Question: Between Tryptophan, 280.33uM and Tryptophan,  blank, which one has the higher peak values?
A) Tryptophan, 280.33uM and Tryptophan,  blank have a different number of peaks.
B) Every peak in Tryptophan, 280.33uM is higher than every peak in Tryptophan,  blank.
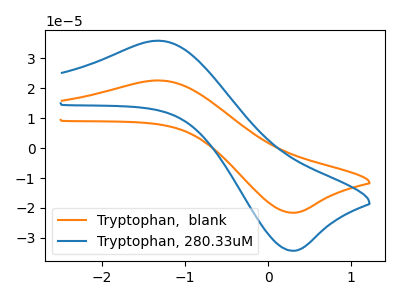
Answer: <think>The orange curve "Tryptophan,  blank" has an anodic peak at (-1.35V, 22.60uA) and a cathodic peak at (0.35V, -21.60uA). The blue curve "Tryptophan, 280.33uM" has an anodic peak at (-1.35V, 35.85uA) and a cathodic peak at (0.35V, -34.25uA).</think>
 <answer>B) Every peak in "Tryptophan, 280.33uM" is higher than every peak in "Tryptophan,  blank".</answer>
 <eval>B</eval>